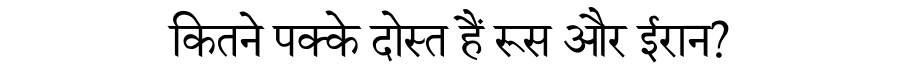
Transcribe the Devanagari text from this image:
कितने पक्के दोस्त हैं रूस और ईरान?